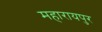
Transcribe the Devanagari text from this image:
महारायपुर